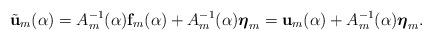
LaTeX: \begin{align*} \tilde {\bf{u}}_m(\alpha) = A^{-1}_m(\alpha){\bf f}_m(\alpha) + A^{-1}_m(\alpha) \boldsymbol{\eta}_m = {\bf u}_m(\alpha) + A^{-1}_m(\alpha) \boldsymbol{\eta}_m.\end{align*}